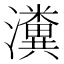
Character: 瀵